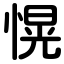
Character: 愰